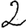
Digit: 2